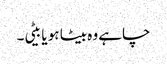
چاہے وہ بیٹا ہو یا بیٹی۔